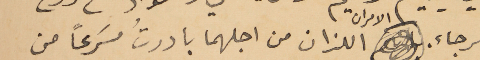
الرجاء. الامران اللذان من اجلهما بادرتُ مسَرعًا من